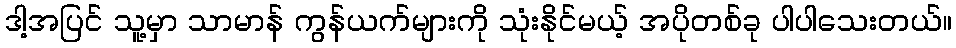
ဒါ့အပြင် သူ့မှာ သာမာန် ကွန်ယက်များကို သုံးနိုင်မယ့် အပိုတစ်ခု ပါပါသေးတယ်။